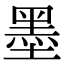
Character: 墨